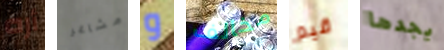
أره مشاعر و مخالف قيم يجدها